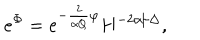
e ^ { \Phi } = e ^ { - \frac { 2 } { \alpha Q } \varphi } H ^ { - 2 \alpha / \Delta } ,